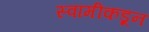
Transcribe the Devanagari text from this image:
स्वामीकडून